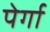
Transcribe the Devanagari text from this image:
पेर्गा